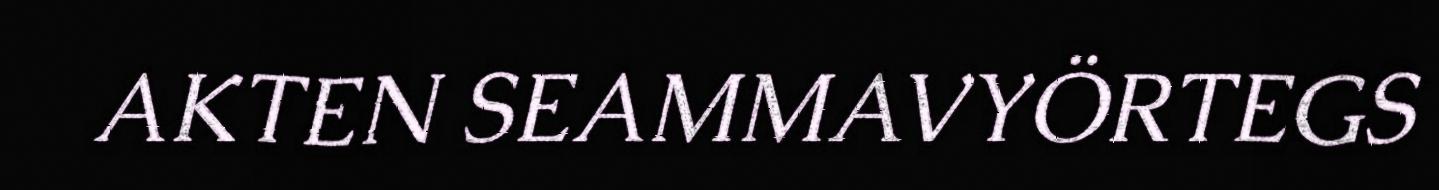
AKTEN SEAMMAVYÖRTEGS